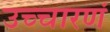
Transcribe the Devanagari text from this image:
उच्चारणं